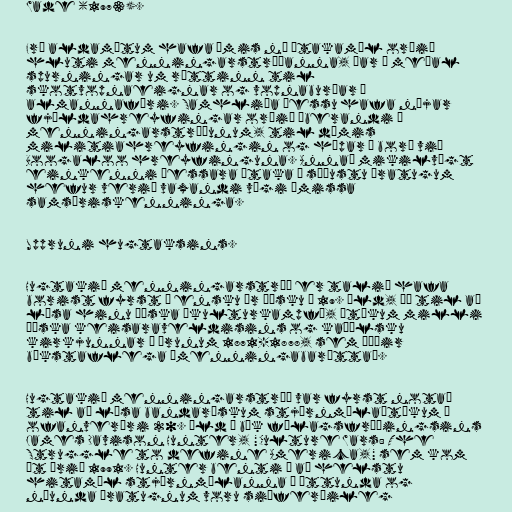
Wade (1973).

Frá aldamótum hafa ýmis ný átakamál orðið
hluti menningarstríðanna, þar á meðal
spurningar um réttinn til
skotvopnaeignar og vopnaburðar á
almannafæri. Samhliða þessu hafa nýjar
fjöldahreyfingar orðið áberandi í
menningarstríðunum, til dæmis
militiahreyfingin og hópar á borð við
Boogaloo hreyfinguna. Annað mikilvægt
einkenni þessara átaka á síðustu áratugum
hefur verið vaxandi vægi ýmissa
samsæriskenninga.

Uppruni hugtaksins.

Hugtakið menningarstríð er talið hafa
borist fyrst í ensku úr þýsku á 19. öld, þá til að
lýsa hinu þýska „kulturkampf“, átökum milli
þýska keisaraveldisins og kaþólsku
kirkjunnar á árunum 1871-1878, sem þýðir
bókstaflega „menningabarátta“.

Hugtakið menningarstríð var fyrst notað
til að lýsa bandarískum stjórnmálaátökum á
ofanverðri 20. öld í bók félagsfræðingsins
James Davison Hunter, "Culture Wars: The
Struggle to define America," sem kom
út árið 1991. Hunter benti á að helstu
hitamál stjórnmálanna á áttunda og
níunda áratugnum voru siðferðileg